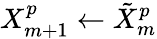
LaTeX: X_{m+1}^{p}\gets\tilde{X}_{m}^{p}